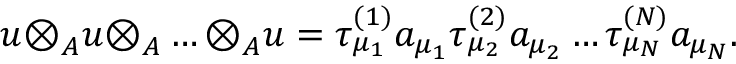
u { \otimes } _ { A } u { \otimes } _ { A } \ldots { \otimes } _ { A } u = { \tau } _ { { \mu } _ { 1 } } ^ { ( 1 ) } a _ { { \mu } _ { 1 } } { \tau } _ { { \mu } _ { 2 } } ^ { ( 2 ) } a _ { { \mu } _ { 2 } } \ldots { \tau } _ { { \mu } _ { N } } ^ { ( N ) } a _ { { \mu } _ { N } } .